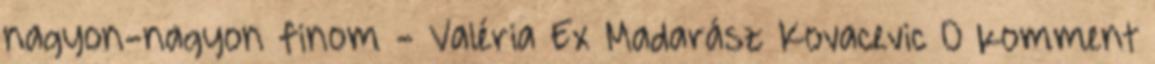
nagyon-nagyon finom - Valéria Ex Madarász Kovacevic 0 komment